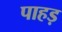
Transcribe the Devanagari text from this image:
पाहड़